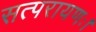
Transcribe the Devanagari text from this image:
सत्परायणः।